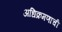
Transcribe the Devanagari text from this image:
अधिक्रमणाची